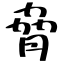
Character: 脅